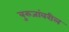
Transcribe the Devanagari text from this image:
बुरुजांवरील